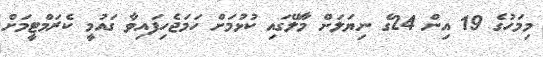
މިމަހުގެ 19 އިން 24ގެ ނިޔަލަށް މާލޭގައި ކުޅުމަށް ހަމަޖެހިފައިވާ ގައުމީ ކެރަމްޓީމަށް